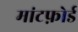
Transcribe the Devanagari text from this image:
मांटफ़ोर्ड